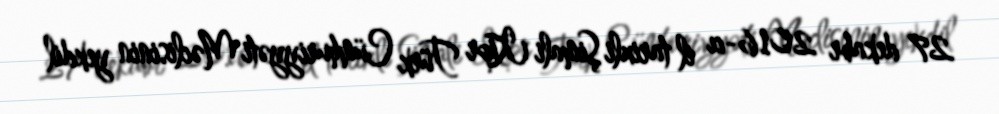
27 dekabr 2016-cı il tarixli Şimali Kipr Türk Cümhuriyyəti Məclisinin yekdil